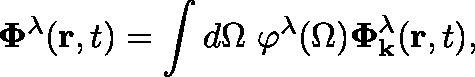
\mathbf { \Phi } ^ { \lambda } ( \mathbf { r } , t ) = \int d \Omega ~ \varphi ^ { \lambda } ( \Omega ) \boldsymbol { \Phi } _ { \mathbf { k } } ^ { \lambda } ( \mathbf { r } , t ) ,